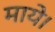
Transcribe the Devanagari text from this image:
माये।